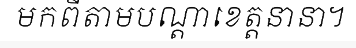
មកពីតាមបណ្តាខេត្តនានា។